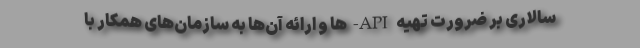
سالاری بر ضرورت تهیه API‌-ها و ارائه آن‌ها به سازمان‌های همکار با